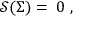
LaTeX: \mathcal { S ( } \Sigma \mathcal { ) = \; } 0 \; ,